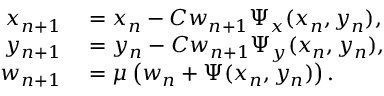
\begin{array} { r l } { x _ { n + 1 } } & { { } = x _ { n } - C w _ { n + 1 } \Psi _ { x } ( x _ { n } , y _ { n } ) , } \\ { y _ { n + 1 } } & { { } = y _ { n } - C w _ { n + 1 } \Psi _ { y } ( x _ { n } , y _ { n } ) , } \\ { w _ { n + 1 } } & { { } = \mu \left( w _ { n } + \Psi ( x _ { n } , y _ { n } ) \right) . } \end{array}